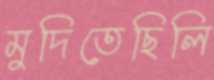
মুদিতেছিলি